Vaccination in Bombay 1874-1876 - 1874-1876
Year: 1874
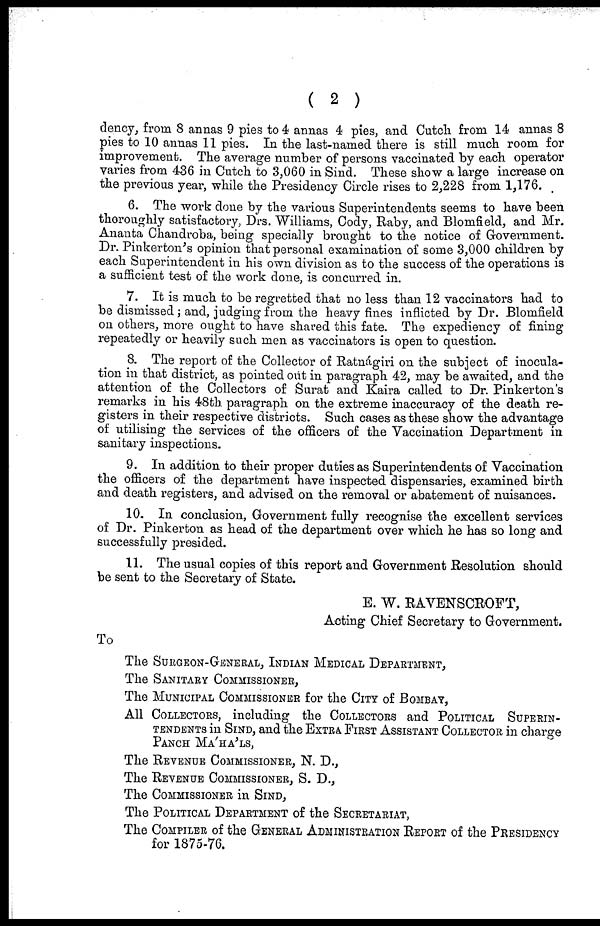
( 2 )
dency, from 8 annas 9 pies to 4 annas 4 pies, and Cutch from 14 annas 8
pies to 10 annas 11 pies. In the last-named there is still much room for
improvement. The average number of persons vaccinated by each operator
varies from 436 in Cutch to 3,060 in Sind. These show a large increase on
the previous year, while the Presidency Circle rises to 2,228 from 1,176.
6. The work done by the various Superintendents seems to have been
thoroughly satisfactory, Drs. Williams, Cody, Raby, and Blomfield, and Mr.
Ananta Chandroba, being specially brought to the notice of Government.
Dr. Pinkerton's opinion that personal examination of some 3,000 children by
each Superintendent in his own division as to the success of the operations is
a sufficient test of the work done, is concurred in.
7. It is much to be regretted that no less than 12 vaccinators had to
be dismissed; and, judging from the heavy fines inflicted by Dr. Blomfield
on others, more ought to have shared this fate. The expediency of fining
repeatedly or heavily such men as vaccinators is open to question.
8. The report of the Collector of Ratnágiri on the subject of inocula-
tion in that district, as pointed out in paragraph 42, may be awaited, and the
attention of the Collectors of Surat and Kaira called to Dr. Pinkerton's
remarks in his 48th paragraph on the extreme inaccuracy of the death re-
gisters in their respective districts. Such cases as these show the advantage
of utilising the services of the officers of the Vaccination Department in
sanitary inspections.
9. In addition to their proper duties as Superintendents of Vaccination
the officers of the department have inspected dispensaries, examined birth
and death registers, and advised on the removal or abatement of nuisances.
10. In conclusion, Government fully recognise the excellent services
of Dr. Pinkerton as head of the department over which he has so long and
successfully presided.
11. The usual copies of this report and Government Resolution should
be sent to the Secretary of State.
E. W. RAVENSCROFT,
Acting Chief Secretary to Government.
To
The SURGEON-GENERAL, INDIAN MEDICAL DEPARTMENT,
The SANITARY COMMISSIONER,
The MUNICIPAL COMMISSIONER for the CITY of BOMBAY,
All COLLECTORS, including the COLLECTORS and POLITICAL SUPERIN-
-------- in SIND, and the EXTRA FIRST ASSISTANT COLLECTOR in charge
PANCH MÁHA'LS,
The REVENUE COMMISSIONER, N. D.,
The REVENUE COMMISSIONER, S. D.,
The COMMISSIONER in SIND,
The POLITICAL DEPARTMENT of the SECRETARIAT,
The COMPILER of the GENERAL ADMINISTRATION REPORT of the PRESIDENCY
for 1875-76.